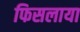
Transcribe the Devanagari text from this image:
फिसलाया